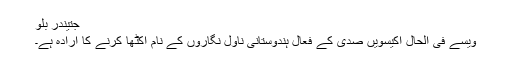
جتیندر بلو
ویسے فی الحال اکیسویں صدی کے فعال ہندوستانی ناول نگاروں کے نام اکٹھا کرنے کا ارادہ ہے۔